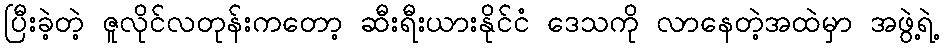
ပြီးခဲ့တဲ့ ဇူလိုင်လတုန်းကတော့ ဆီးရီးယားနိုင်ငံ ဒေသကို လာနေတဲ့အထဲမှာ အဖွဲ့ရဲ့